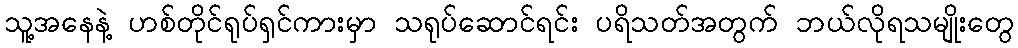
သူ့အနေနဲ့ ဟစ်တိုင်ရုပ်ရှင်ကားမှာ သရုပ်ဆောင်ရင်း ပရိသတ်အတွက် ဘယ်လိုရသမျိုးတွေ